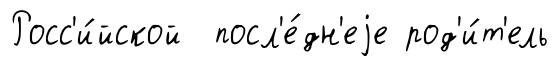
Росс'и́йской посл'е́дн'еjе род'и́т'ель